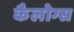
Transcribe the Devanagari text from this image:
कैलोग्स